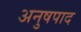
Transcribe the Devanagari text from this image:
अनुषपाद